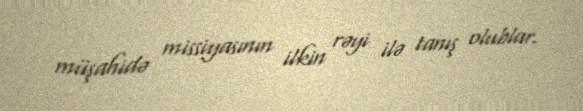
müşahidə missiyasının ilkin rəyi ilə tanış olublar.